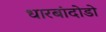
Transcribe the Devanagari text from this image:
धारबांदोडाे